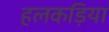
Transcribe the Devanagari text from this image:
हलकड़िया